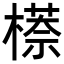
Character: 𬄠